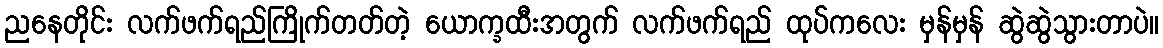
ညနေတိုင်း လက်ဖက်ရည်ကြိုက်တတ်တဲ့ ယောက္ခထီးအတွက် လက်ဖက်ရည် ထုပ်ကလေး မှန်မှန် ဆွဲဆွဲသွားတာပဲ။